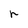
Character: r